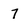
Character: 7